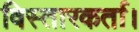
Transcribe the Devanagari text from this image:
विस्तारकर्ता।